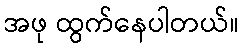
အဖု ထွက်နေပါတယ်။